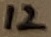
Text: 12